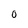
Character: 0